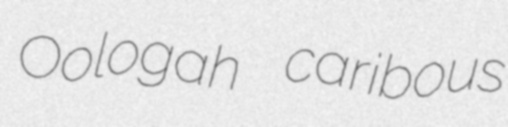
Oologah caribous